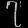
Digit: ၇